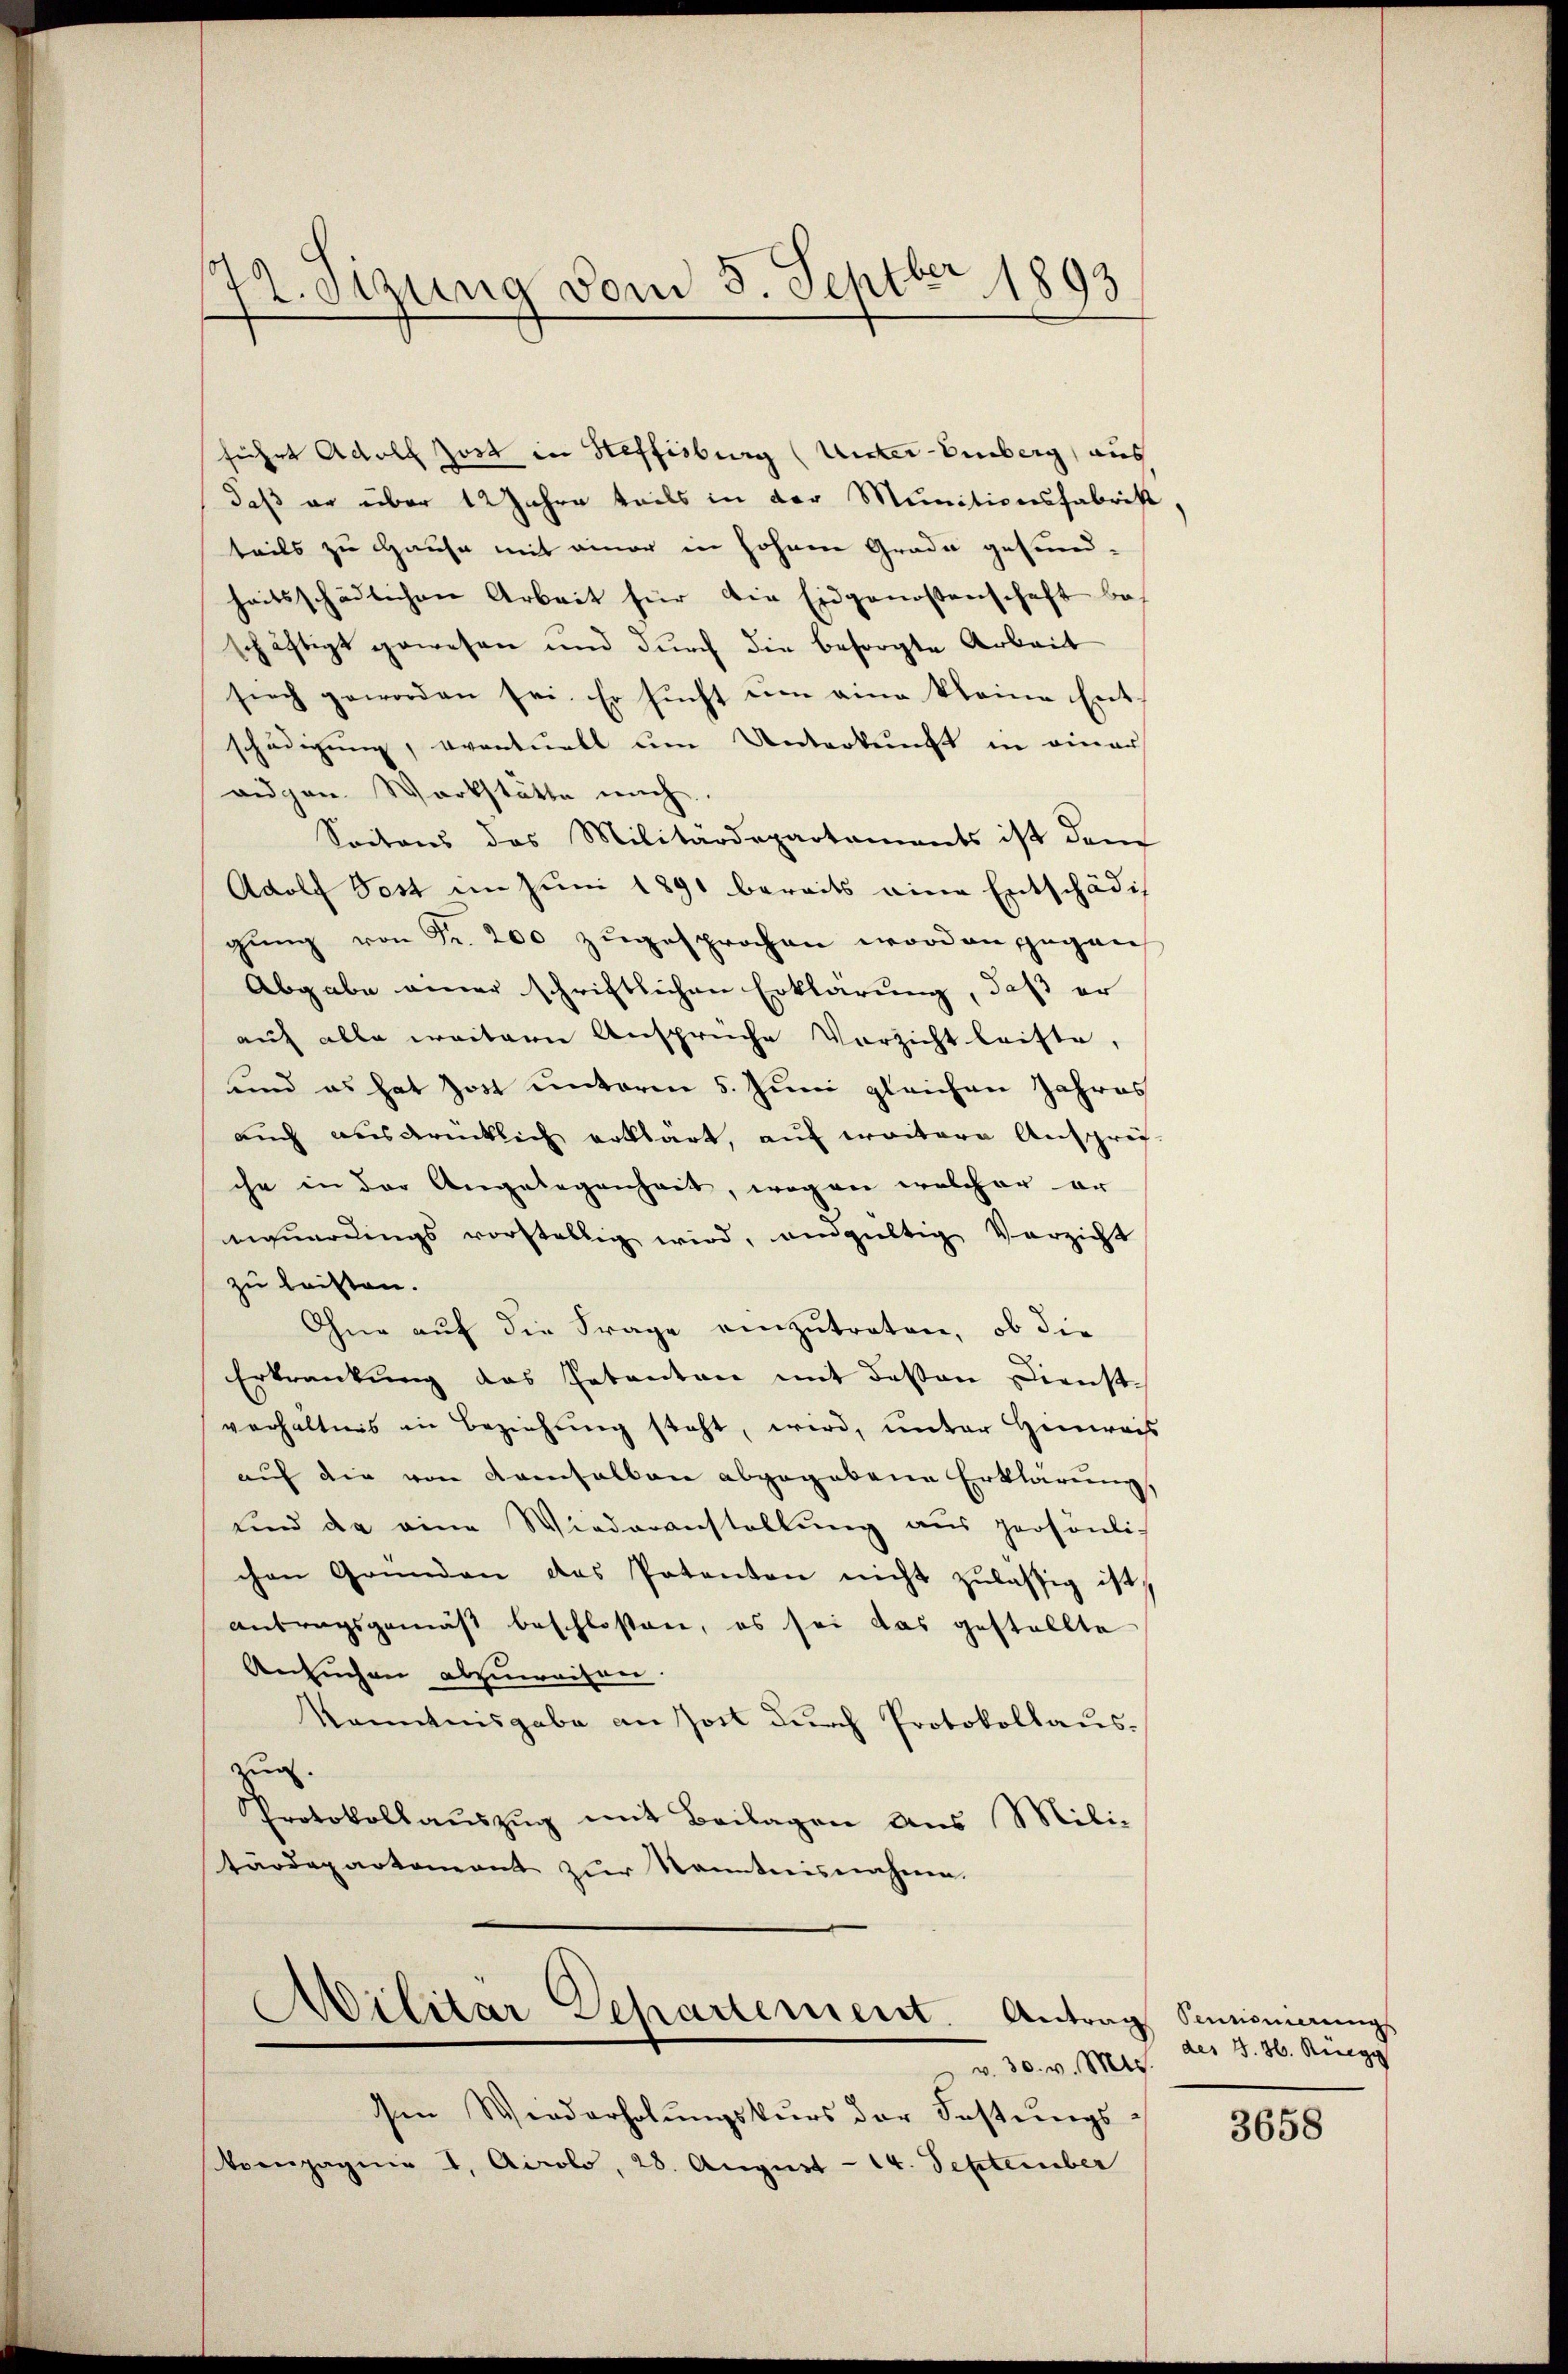
führt Adolf Zost in Heffisburg (Unter-Einberg, aus
daß er über 12 Jahre teils in der Munitionsfabrist,
teils zu Hause mit einer in hohnen Grade gesund-
heitsschädlichen Arbeit für die Eidgenossenschaft bes
schäftigt gewesen und durch die besorgte Arbeit
siech geworden sei. Er sucht um eine kleine Entschädigung, eventuell um Unterkunft in einer
aigen Werkstätte mich.
Seitens des Militärdepartements ist dem
Adolf Test im Juni 1891 bereits eine Entschädig
gung von Fr. 200 zugesprochen worden gegen
Abgabe einer schriftlichen Erklärung, daß er
auf alle weitern Anspruche Vorzicht leiste,
und es hat Jost unterm 5. Juni gleichen Jahres
auch ausdrücklich erklärt, auf weitere Anspruch
che in der Angelegenheit, wegen welcher er
nuerungs vorstellig wird, ungültig Verzicht
zu leisten.
Ohne auf die Frage einzutreten, ob die
Erkrankung des Petenten mit dessen Dienstverhältnis in Beziehung steht, wird, unter Hinweis
auf die von Kanhalten abgegebene Erklärung,
und da eine Wiederanstellung aus persönlich
chen Gründen des Patenten nicht zulässig ist,
antragsgemäß beschloßen, es sei das gestellte
Ansuchen abzuweisen.
Kenntnisgabe an Jost durch Protokollauszug.
Protokollaŭszŭg mit Beilagen aus Militärdepartement zŭr Kenntnisnahme.

42. Sizung vom 5. Septber 1893

)
.
Dilitar Departement. Antrag Simonierungs
v. 30. v. Mts.

den Wiederholŭngskurs der Fastŭngs-
Kompagnie 1. Airolo, 28. August - 14. September

des S. 36. Ruegg

3658